Leaving Certificate Examination, 1906
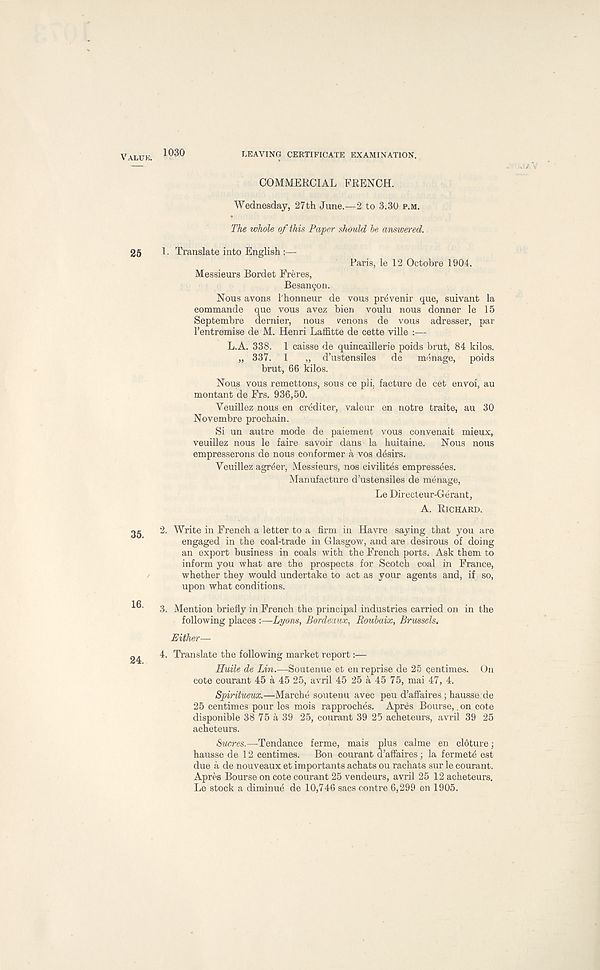
VALUK.
25
35.
16.
24.
1030
LEAVING CERTIFICATE EXAMINATION.
COMMERCIAL FRENCH.
Wednesday, 27th June.—2 to 3.30 P.M.
The whole of this Paper should he answered..
1. Translate into English
Paris, le 12 Octobre 1904.
Messieurs Bordet Freres,
Besan^on.
Nous avons 1'honneur de vous prevenir que, suivant la
commande que vous avez bien voulu nous donner le 15
Septembre dernier, nous tenons de vous adresser, par
I’entremise de M. Henri Laffitte de cette ville :—
L.A. 338. 1 caisse de quincaillerie poids brut, 84 kilos.
„ 337. 1
„ d’ustensiles
de
menage,
poids
brut, 66 kilos.
Nous vous remettons, sous ce pli, facture de cet envoi, au
montant de Frs. 936,50.
Yeuillez nous en crediter, valeur en notre traite, au 30
Novembre prochain.
Si un autre mode de paiement vous convenait mieux,
veuillez nous le faire savoir dans la huitaine.
Nous nous
empresserons de nous conformer a vos desirs.
Veuillez agreer, Messieurs, nos civilitbs empressees.
Manufacture d’ustensiles de menage,
Le Directeur-Gerant,
A. RICHARD.
2. Write in French a letter to a firm in Havre saying that you are
engaged in the coal-trade in Glasgow, and are desirous of doing
an export business in coals with the French ports. Ask them to
inform you what are the prospects for Scotch coal in France,
whether they would undertake to act as your agents and, if so,
upon what conditions.
3. Mention briefly in French the principal industries carried on in the
following places :—Lyons, Bordeaux, Rouhaix, Brussels,
Either—
4. Translate the following market report:—
Huile de Lin.—Soutenue et en reprise de 25 centimes. On
cote courant 45 a 45 25, avril 45 25 a 45 75, mai 47, 4.
Spiritueux.—Marche soutenu avec peu d’affaires; hausse de
25 centimes pour les mois rapproches. Apres Bourse,. on cote
disponible 38 75 a 39 25, courant 39 25 acheteurs, avril 39 25
acheteurs.
Sucres.—Tendance ferme, mais plus calme en cldture;
hausse de 12 centimes.
Bon courant d’affaires; la fermete est
due a de nouveaux et importants achats ou rachats sur le courant.
Apres Bourse on cote courant 25 vendeurs, avril 25 12 acheteurs.
Lc stock a diminue de 10,746 sacs centre 6,299 en 1905.